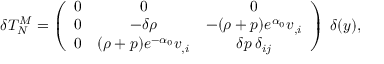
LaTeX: \delta T _ { N } ^ { M } = \left( \begin{array} { c c c } { { 0 } } & { { 0 } } & { { 0 } } \\ { { 0 } } & { { - \delta \rho } } & { { - ( \rho + p ) e ^ { \alpha _ { 0 } } v _ { , i } } } \\ { { 0 } } & { { ( \rho + p ) e ^ { - \alpha _ { 0 } } v _ { , i } } } & { { \delta p \: \delta _ { i j } } } \end{array} \right) \: \delta ( y ) ,